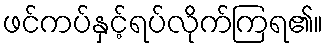
ဖင်ကပ်နှင့်ရပ်လိုက်ကြရ၏။